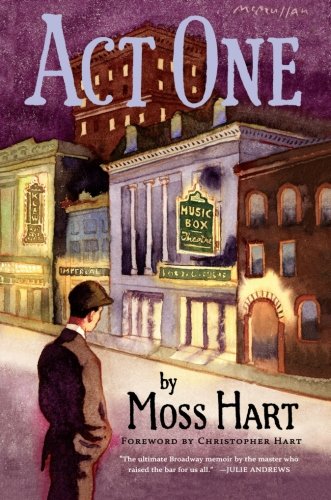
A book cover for Act One: An Autobiography; Moss Hart; Biographies & Memoirs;